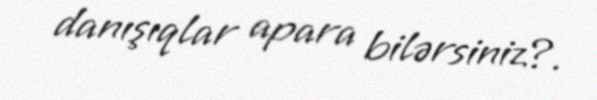
danışıqlar apara bilərsiniz?.